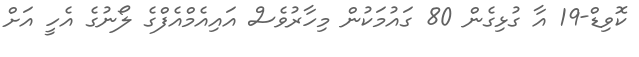
ކޮވިޑް-19 އާ ގުޅިގެން 80 ގައުމަކުން މިހާރުވެސް އައިއެމްއެފްގެ ލޯނުގެ އެހީ އަށް